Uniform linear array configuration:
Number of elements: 4
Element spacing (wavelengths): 1
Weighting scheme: cosine
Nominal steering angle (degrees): -60
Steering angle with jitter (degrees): -58.314
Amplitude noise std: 0.05
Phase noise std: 0.05

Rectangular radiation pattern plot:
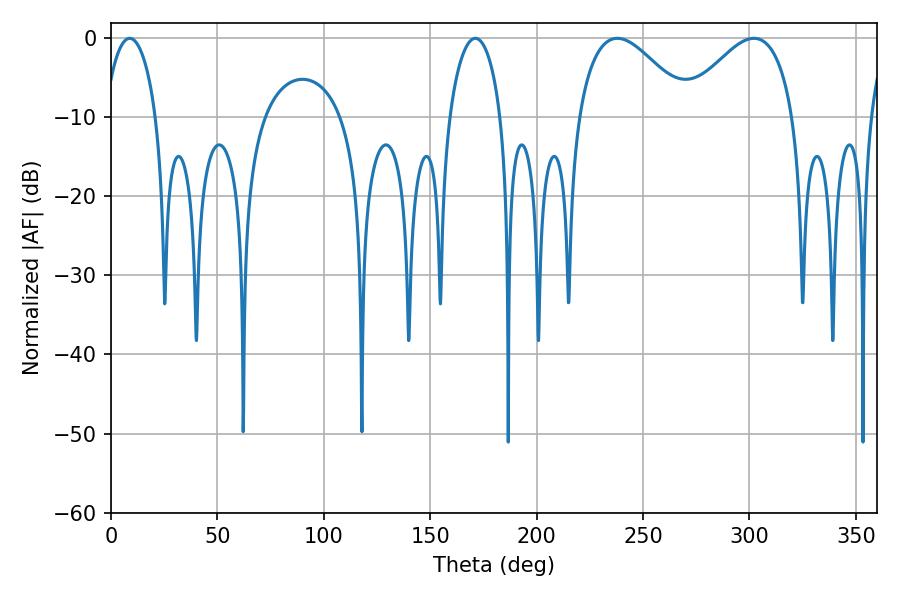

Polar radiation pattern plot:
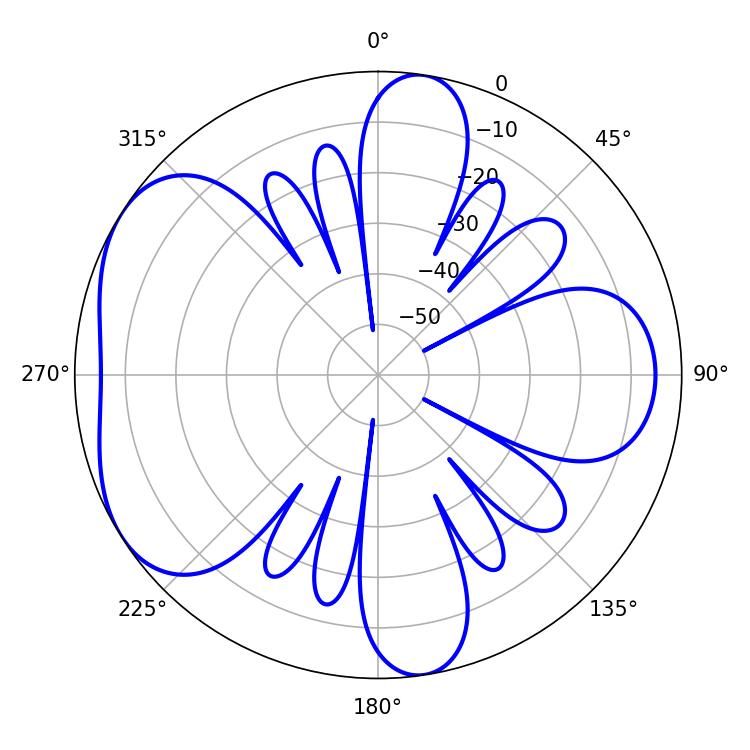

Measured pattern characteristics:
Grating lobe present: TRUE
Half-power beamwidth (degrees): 28.26
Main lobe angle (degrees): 237.96